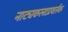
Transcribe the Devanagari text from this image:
नाट्यकलाप्रवर्तक